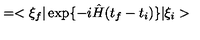
= < \xi _ { f } \vert \exp \{ - i \hat { H } ( t _ { f } - t _ { i } ) \} \vert \xi _ { i } >